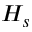
H _ { s }